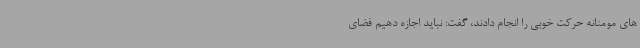
های مومنانه حرکت خوبی را انجام دادند، گفت: نباید اجازه دهیم فضای